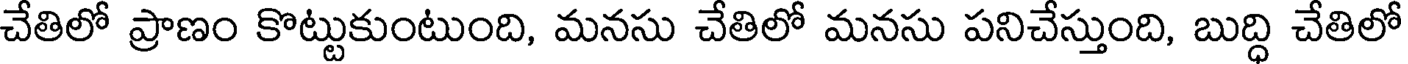
చేతిలో ప్రాణం కొట్టుకుంటుంది, మనసు చేతిలో మనసు పనిచేస్తుంది, బుద్ధి చేతిలో